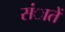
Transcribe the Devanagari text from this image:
संातें